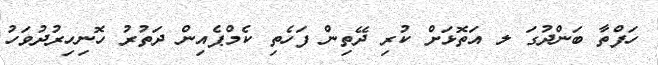
ހަފްތާ ބަންދުގަ ލ އަތޮޅަށް ކުރި ދޭތިން ފަހެތި ކެމްޕެއިން ދަތުރު ހޮނިހިރުދުވަހު